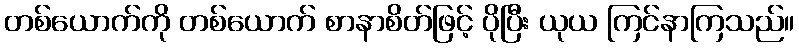
တစ်ယောက်ကို တစ်ယောက် စာနာစိတ်ဖြင့် ပိုပြီး ယုယ ကြင်နာကြသည်။